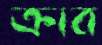
ক্রাব